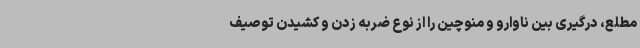
مطلع، درگیری بین ناوارو و منوچین را از نوع ضربه زدن و کشیدن توصیف